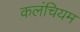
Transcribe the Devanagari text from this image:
कलंचियम